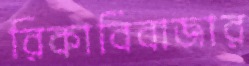
রিকাবিবাজার